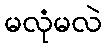
မလုံမလဲ